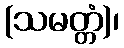
(သမတ္တံ)၊